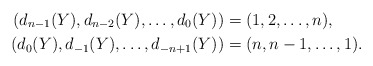
\begin{align*}(d_{n-1}(Y),d_{n-2}(Y),\ldots,d_0(Y)) &= (1,2,\ldots,n), \\(d_0(Y),d_{-1}(Y),\ldots,d_{-n+1}(Y)) &= (n,n-1,\ldots,1).\end{align*}